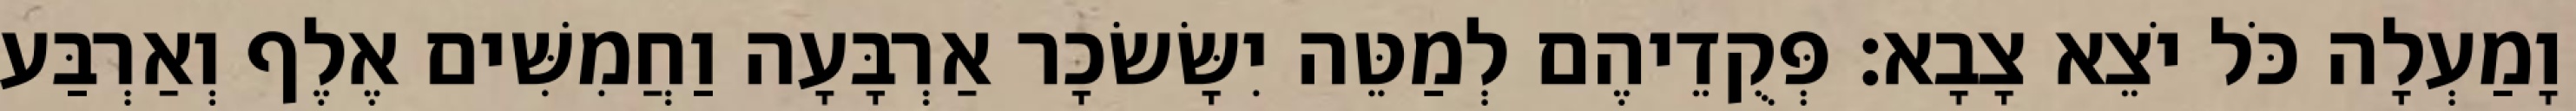
וָמַעְלָה כֹּל יֹצֵא צָבָא׃ פְּקֻדֵיהֶם לְמַטֵּה יִשָּׂשׂכָר אַרְבָּעָה וַחֲמִשִּׁים אֶלֶף וְאַרְבַּע